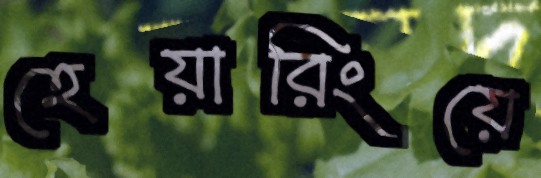
হেয়ারিংয়ে